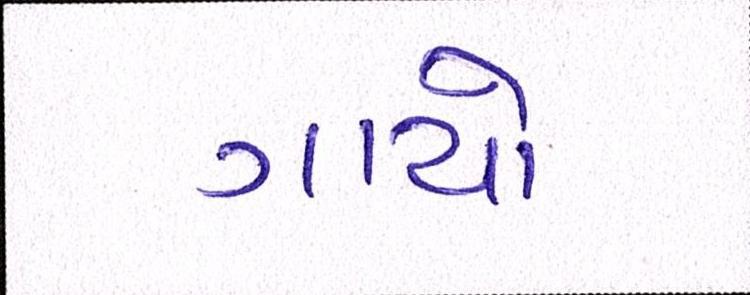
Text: ગાયો